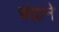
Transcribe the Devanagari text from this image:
चंद्राने